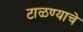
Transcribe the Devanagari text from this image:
टाळण्याचे